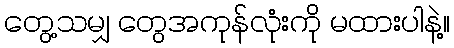
တွေ့သမျှ တွေအကုန်လုံးကို မထားပါနဲ့။